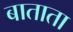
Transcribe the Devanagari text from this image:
बाताता